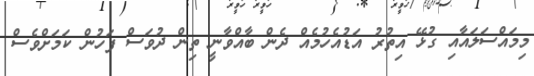
މިމައްސަލައާއި ގުޅޭ އިތުރު އަޑުއެހުމެއް ދެން ބާއްވާނީ ތިން ދުވަސް ފަހުން ކަމަށްވެސް